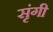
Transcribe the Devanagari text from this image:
सृंगी